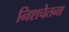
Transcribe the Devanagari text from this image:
निशचेतना